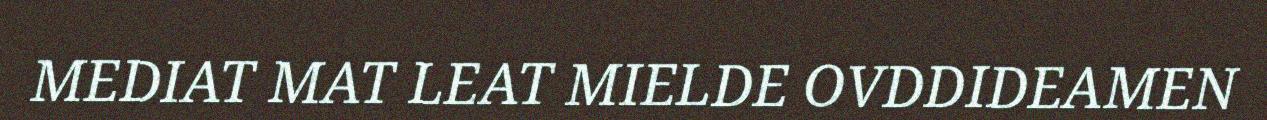
MEDIAT MAT LEAT MIELDE OVDDIDEAMEN